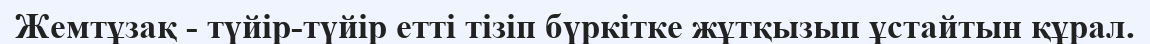
Жемтұзақ - түйір-түйір етті тізіп бүркітке жұтқызып ұстайтын құрал.